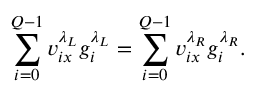
\sum _ { i = 0 } ^ { Q - 1 } v _ { i x } ^ { \lambda _ { L } } g _ { i } ^ { \lambda _ { L } } = \sum _ { i = 0 } ^ { Q - 1 } v _ { i x } ^ { \lambda _ { R } } g _ { i } ^ { \lambda _ { R } } .